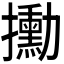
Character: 𫾙